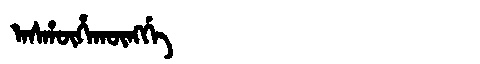
Manchu: ᠠᠰᡥᡡᡥᠠᡴᡡᠩᡤᡝ
Romanization: ASHŪHAKŪNGGE